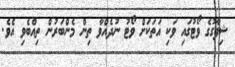
ޝިފާގުގެ ވޯޓުގައި ވަކި އަތަކަށް ވޯޓު ނުދެއްވާ ތިން މެންބަރުން ތިއްބެވި އެވެ.